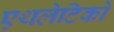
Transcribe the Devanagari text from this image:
एथलेटिकों